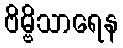
ဗိမ္ဗိသာရေန